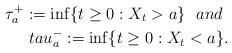
LaTeX: \begin{align*}\tau_{a}^{+} := \inf\{t\geq 0: X_t > a\}\ \ and \ \\tau_{a}^{-}:= \inf\{t\geq 0: X_t < a \}.\end{align*}